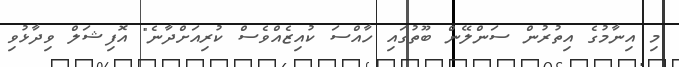
މި އިނާމުގެ އިތުރުން ސަންލޭން ބޫތުގައި ހާއްސަ ކުއިޒެއްވެސް ކުރިއަށްދާނެ" އޮފިޝަލް ވިދާޅުވި